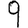
Digit: 9